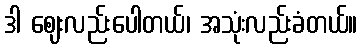
ဒါ ဈေးလည်းပေါတယ်၊ အသုံးလည်းခံတယ်။